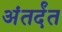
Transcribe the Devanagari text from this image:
अंतर्दंत